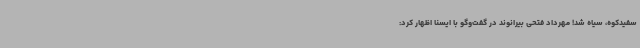
سفیدکوه، سیاه شد! مهرداد فتحی بیرانوند در گفت‌وگو با ایسنا اظهار کرد: